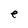
Character: e